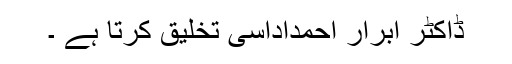
ڈاکٹر ابرار احمداداسی تخلیق کرتا ہے ۔